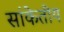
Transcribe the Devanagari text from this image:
सांकेतीय